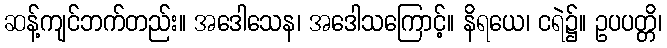
ဆန့်ကျင်ဘက်တည်း။ အဒေါသေန၊ အဒေါသကြောင့်။ နိရယေ၊ ငရဲ၌။ ဥပပတ္တိ၊